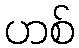
ဟစ်